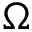
\Omega